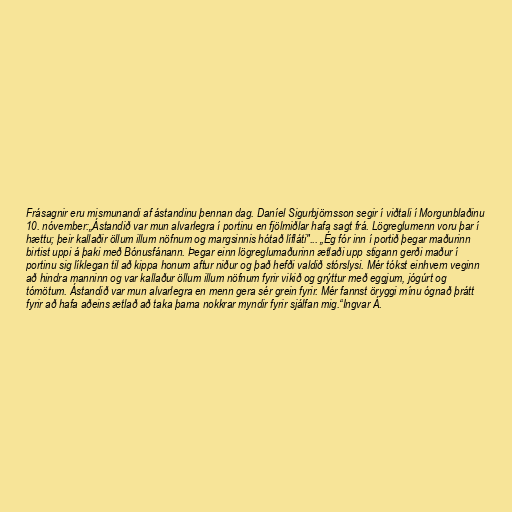
Frásagnir eru mismunandi af ástandinu þennan dag. Daníel Sigurbjörnsson segir í viðtali í Morgunblaðinu
10. nóvember:„Ástandið var mun alvarlegra í portinu en fjölmiðlar hafa sagt frá. Lögreglumenn voru þar í
hættu; þeir kallaðir öllum illum nöfnum og margsinnis hótað lífláti"... „Ég fór inn í portið þegar maðurinn
birtist uppi á þaki með Bónusfánann. Þegar einn lögreglumaðurinn ætlaði upp stigann gerði maður í
portinu sig líklegan til að kippa honum aftur niður og það hefði valdið stórslysi. Mér tókst einhvern veginn
að hindra manninn og var kallaður öllum illum nöfnum fyrir vikið og grýttur með eggjum, jógúrt og
tómötum. Ástandið var mun alvarlegra en menn gera sér grein fyrir. Mér fannst öryggi mínu ógnað þrátt
fyrir að hafa aðeins ætlað að taka þarna nokkrar myndir fyrir sjálfan mig.“Ingvar Á.